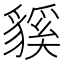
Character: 貕